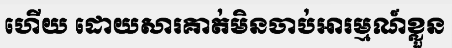
ហើយ ដោយសារគាត់មិនចាប់អារម្មណ៍ខ្លួន